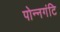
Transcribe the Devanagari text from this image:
पोन्नगंटि